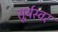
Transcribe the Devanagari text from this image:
सूर्यस्वर